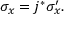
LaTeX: \sigma _ { x } = j ^ { * } \sigma _ { x } ^ { \prime } .